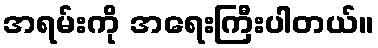
အရမ်းကို အရေးကြီးပါတယ်။